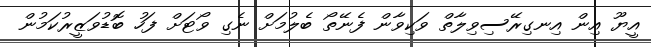
އީޔޫ އިން އިނގިރޭސިވިލާތް ވަކިވާން ފެނޭތޯ ބެލުމަށް ނެގި ވޯޓަށް ފަހު ބޮޑުވަޒީރުކަމުން